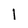
Character: l